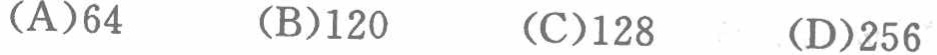
(A)64  (B)120  (C)128  (D)256